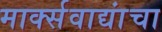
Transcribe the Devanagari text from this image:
मार्क्सवाद्यांचा